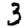
Digit: 3